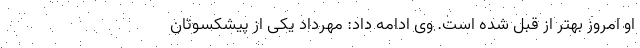
او امروز بهتر از قبل شده است. وی ادامه داد: مهرداد یکی از پیشکسوتان